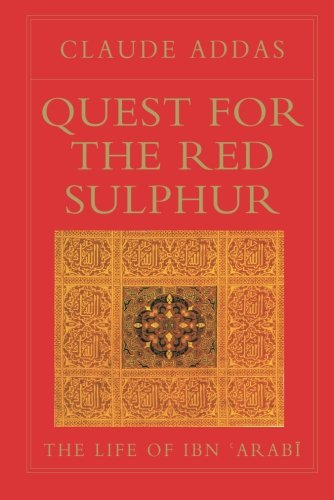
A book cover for Quest for the Red Sulphur: The Life of Ibn 'Arabi (Golden Palm); Claude Addas; Religion & Spirituality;